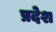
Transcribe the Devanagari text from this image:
प्रदेश